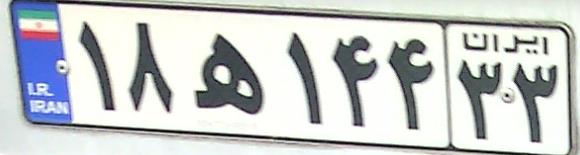
۱۸ه۱۴۴۳۳